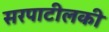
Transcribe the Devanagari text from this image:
सरपाटीलकी